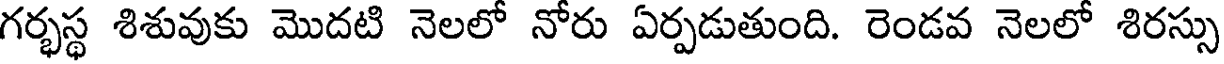
గర్భస్థ శిశువుకు మొదటి నెలలో నోరు ఏర్పడుతుంది. రెండవ నెలలో శిరస్సు